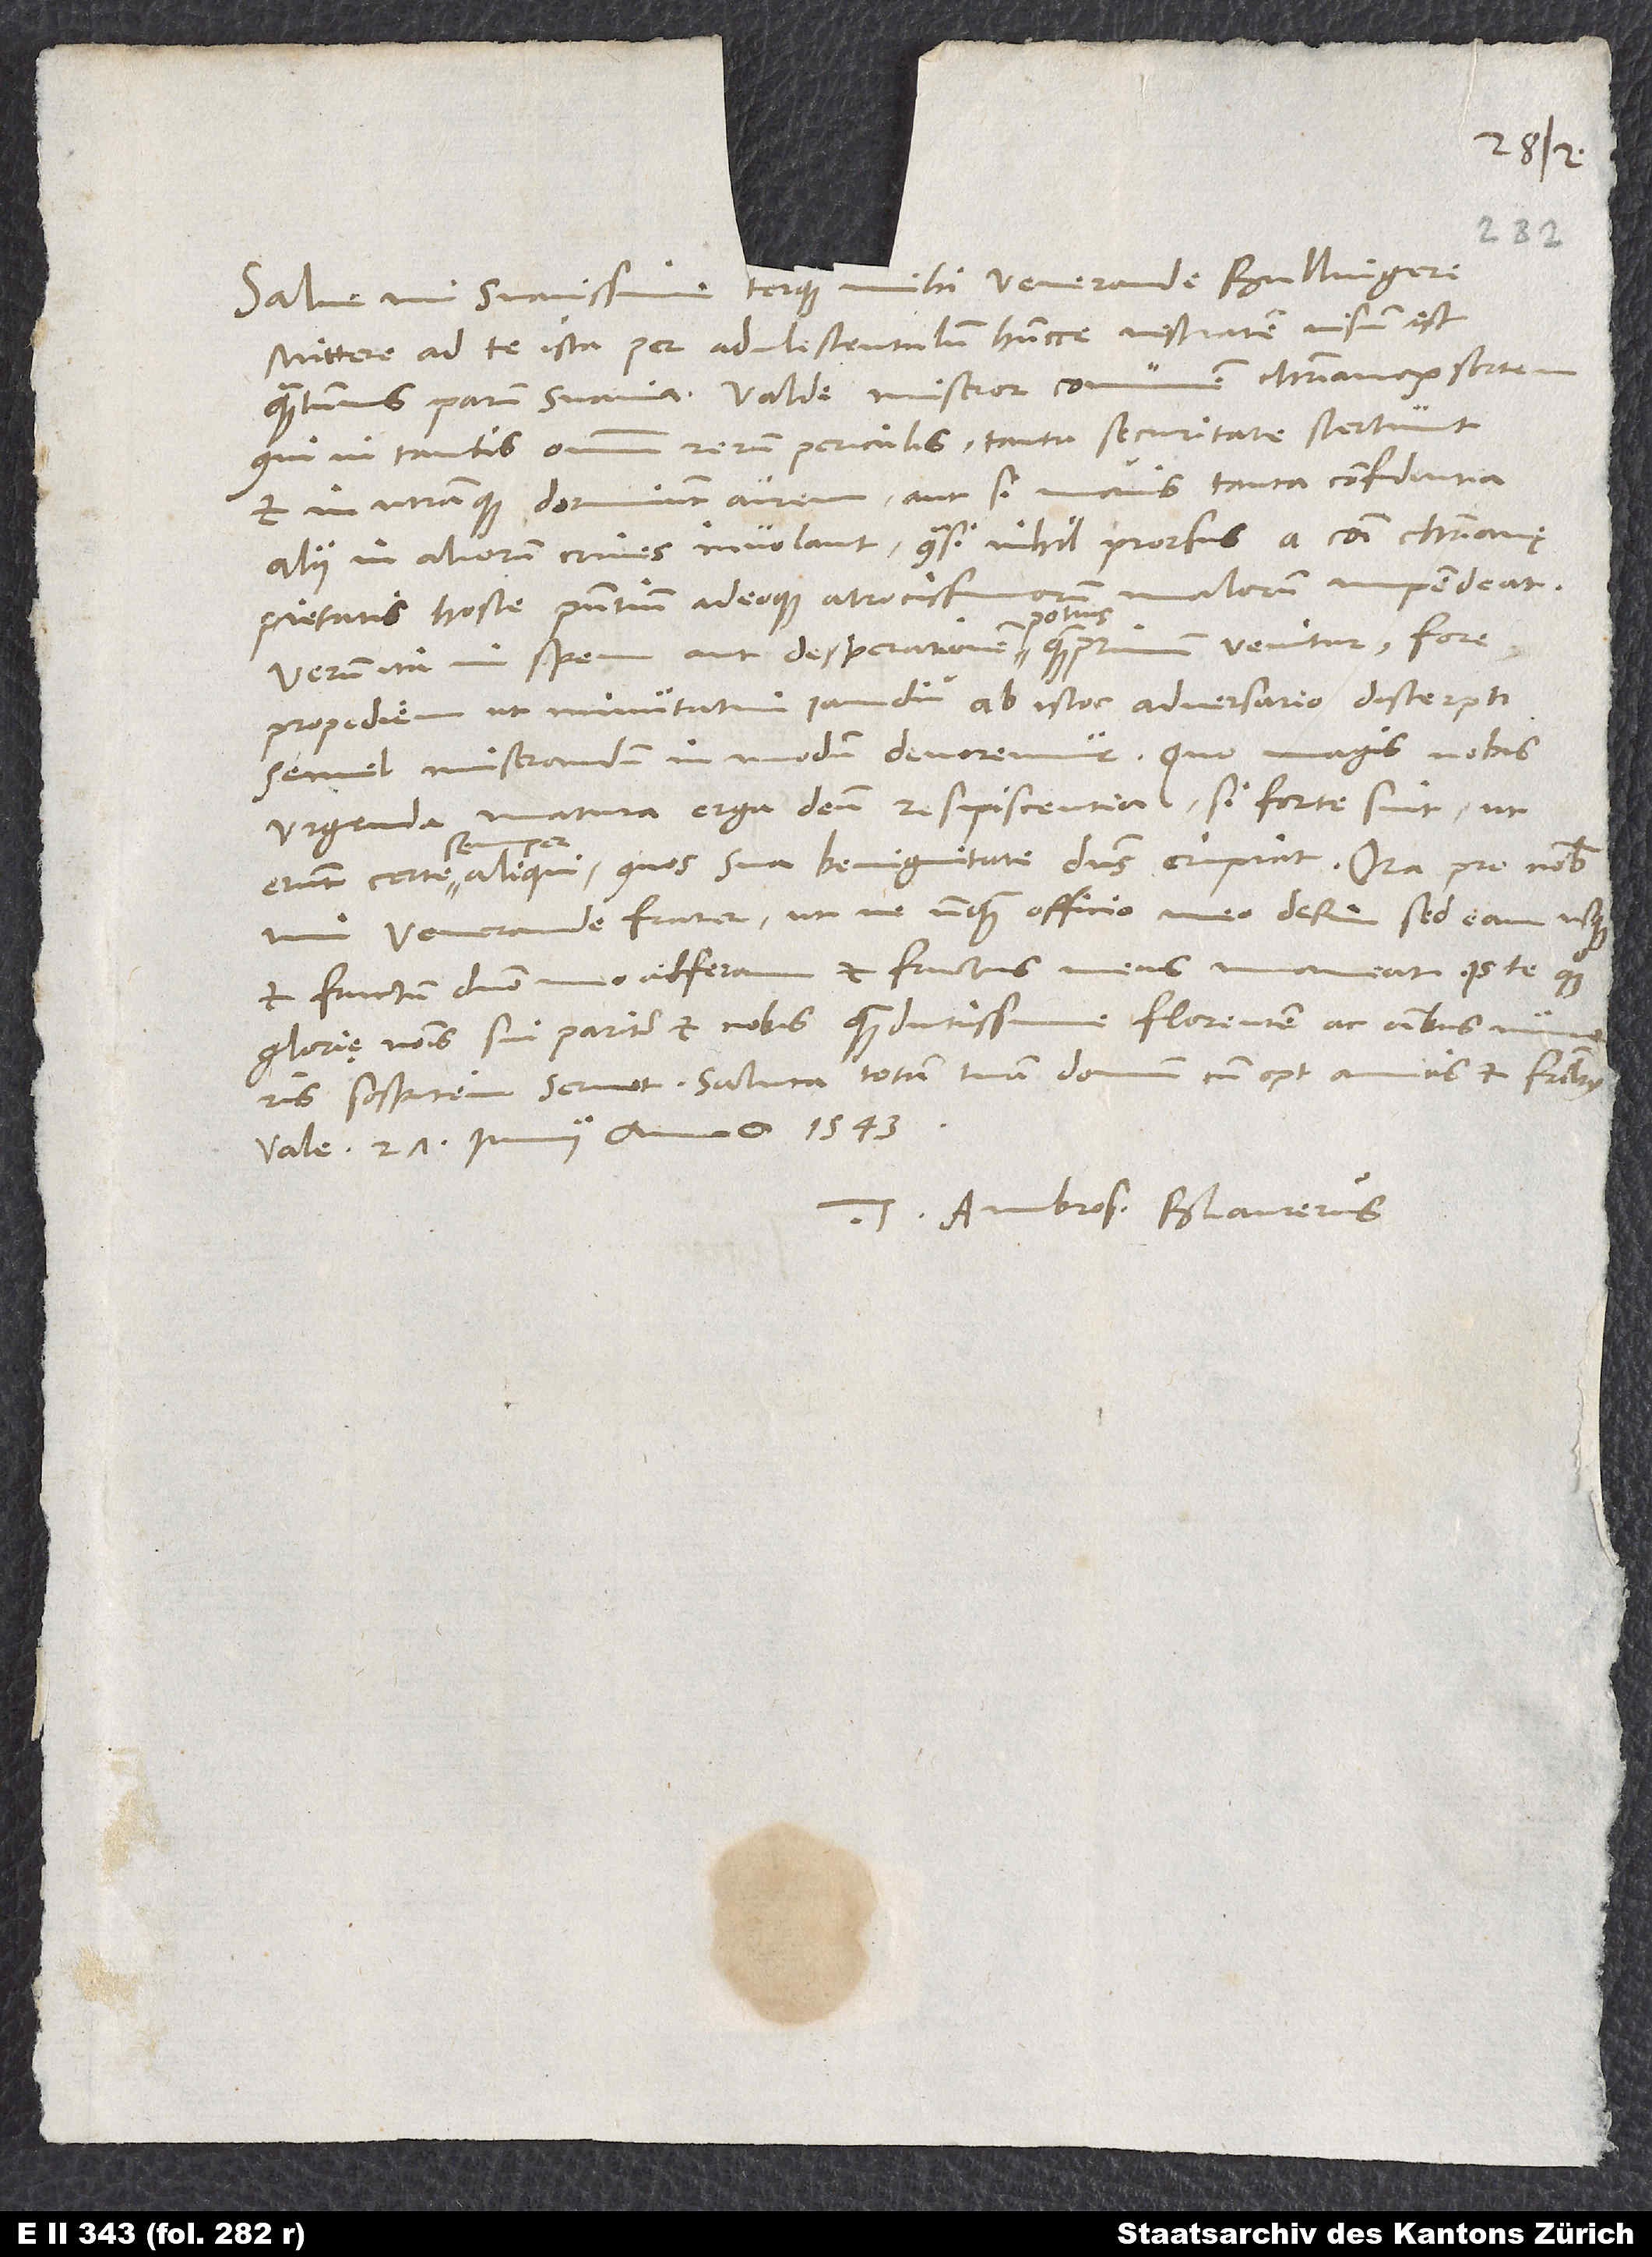
Salve, mi suavissime terque mihi venerande Bullingere.
Mittere ad te ista per adulescentulum huncce vestratem visum est,
quantumvis parum suavia. Valde miseror communem christianorum sortem,
qui in tantis omnium rerum periculis tanta securitate stertunt
et in utramque dormiunt aurem aut, si mavis, tanta confidentia
alii in aliorum crines involant, quasi nihil prorsus a communi christianę
pietatis hoste praesentium adeoque atrocissimorum malorum impendeat.
Verum ita in spem aut desperationem potius quamprimum venitur fore
propediem, ut minutatim iam diu ab istoc adversario discerpti
urgenda matura erga deum resipiscentia, si forte sint, ut
erant certe semper aliqui, quos sua benignitate dominus eripiat. Ora pro nobis,
mi venerande frater, ut ne unquam officio meo desim, sed eam usque
et fructum domino meo adferam et fructus meus maneat. Is te quoque
glorię nominis sui pariter et nobis quam diutissime florentem ac omnibus
Vale. 27. iunii anno 1543.
Tuus Ambros. Blaurerus.